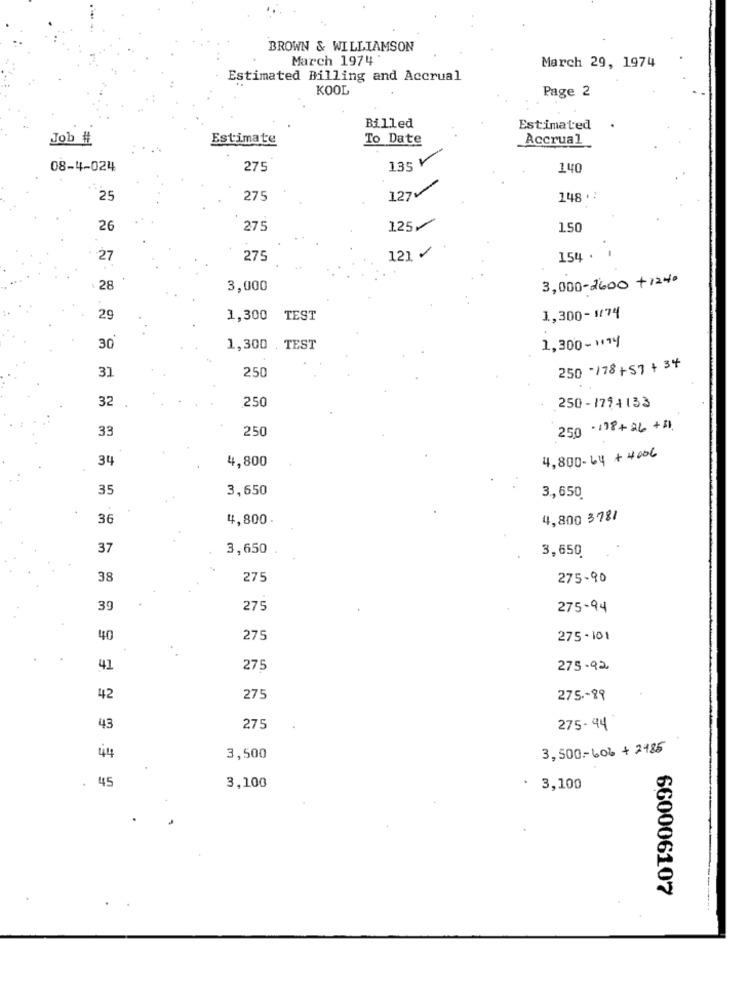
BROWN & WILLIAMSON
March 1974
March 29, 1974
Estimated Billing and Accrual
KOOL
Page 2
Billed
Estimated
Job #
Estimate
To Date
Accrual
135V
08-4-024
275
140
127
25
275
148 .:
26
275
125⑇
150
121 /
154 .
27
275
3,000-2600 +1240
28
3,000
29
1,300 TEST
1,300-1/74
1,300-1014
30
1,300 TEST
31
250
250 /78+57 + 34
32
250
250-1794133
33
250
250·178+26 +11.
34
4,800
4,800-14 +4006
35
3,650
3 ., 650
36
4,800.
4,800 3781
37
3,650
3,650
38
275
275-90
39
275
275-94
40
275
275-101
41
275
275-92.
42
275
275 .- 89
43
275
275- 44
3,500-60% + 2485
44
3,500
45
3,100
3,100
660006107